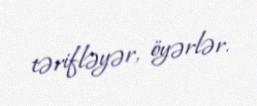
tərifləyər, öyərlər.